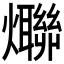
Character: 𤒤